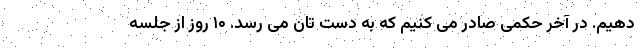
دهیم. در آخر حکمی صادر می کنیم که به دست تان می رسد. ۱۰ روز از جلسه